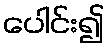
ပေါင်း၍